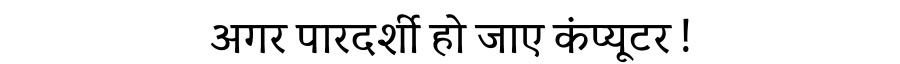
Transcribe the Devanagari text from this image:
अगर पारदर्शी हो जाए कंप्यूटर !